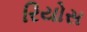
રિયોસ